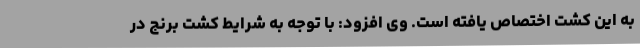
به این کشت اختصاص یافته است. وی افزود: با توجه به شرایط کشت برنج در